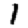
Digit: 1